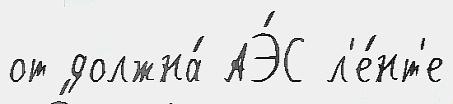
от должна́ АЭ́С л'е́нт'е